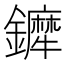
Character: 𨯇